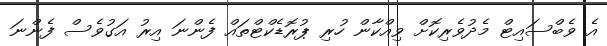
އެ ވެބްސައިޓް މެދުވެރިކޮށް ވިއްކާން ހުރި ޕުރޮޑެކްޓްތައް ފެންނަ އިރު އަގުވެސް ފެންނަ